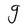
Character: g